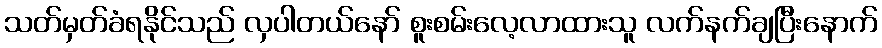
သတ်မှတ်ခံရနိုင်သည် လှပါတယ်နော် စူးစမ်းလေ့လာထားသူ လက်နက်ချပြီးနောက်